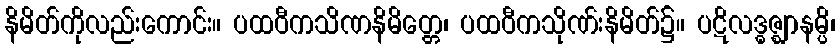
နိမိတ်ကိုလည်းကောင်း။ ပထဝီကသိဏနိမိတ္တေ၊ ပထဝီကသိုဏ်းနိမိတ်၌။ ပဋိလဒ္ဓဇ္ဈာနမ္ပိ၊